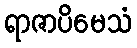
ရာဇာပိမေသံ